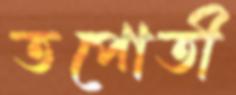
তপোতী